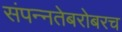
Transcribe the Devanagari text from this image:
संपन्नतेबरोबरच